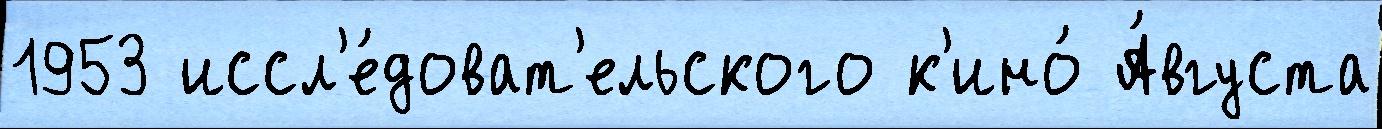
1953 иссл'е́доват'ельского к'ино́ А́вгуста